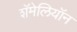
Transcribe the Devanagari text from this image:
शॅमेलियॉन